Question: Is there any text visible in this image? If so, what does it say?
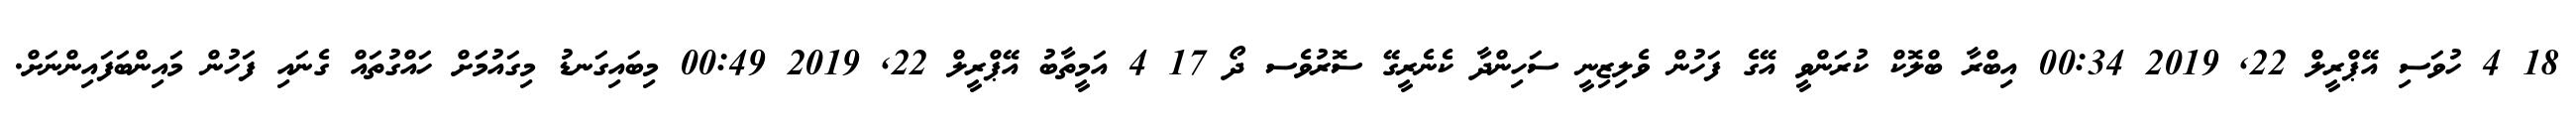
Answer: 18 4 ހުވަސި އޭޕްރީލް 22, 2019 00:34 އިބްރާ ބްލޮކް ކުރަންވީ އޭގެ ފަހުން ވެލިޒިނީ ސަހިންދާ ކެނެރީގޭ ސޮރުވެސ ދޯ 17 4 އަމީތާބު އޭޕްރީލް 22, 2019 00:49 މިބައިގަނޑު މިގައުމަަށް ހައްގުތައް ގެނައި ފަހުން މައިންބަފައިންނަށް.